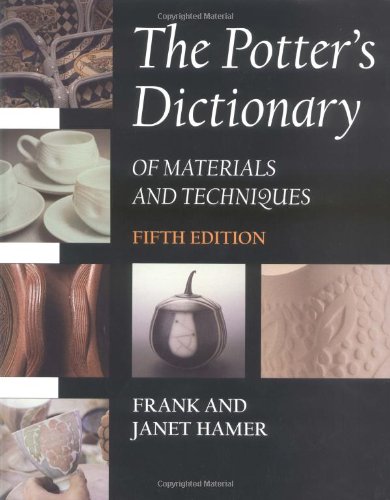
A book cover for The Potter's Dictionary of Materials and Techniques, Fifth Edition; Frank Hamer; Arts & Photography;